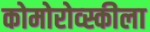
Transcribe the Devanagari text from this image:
कोमोरोव्स्कीला